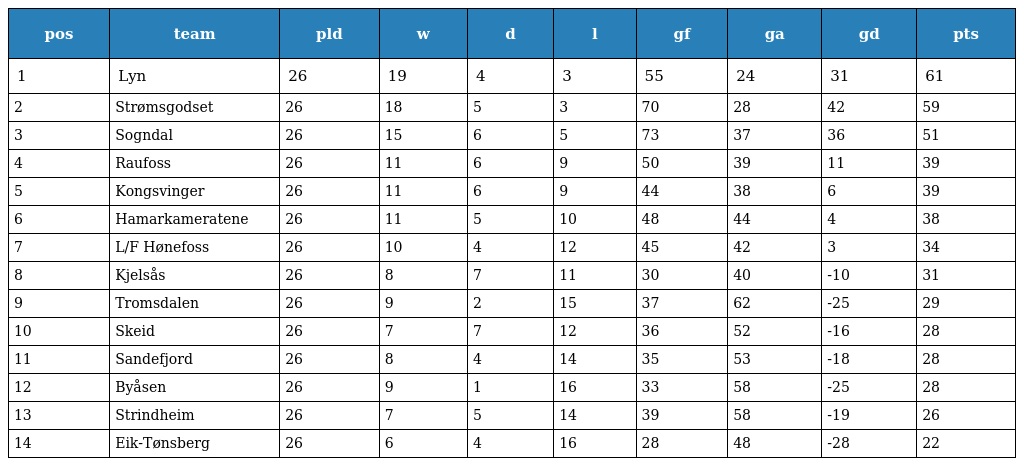
| pos | team | pld | w | d | l | gf | ga | gd | pts |
 | --- | --- | --- | --- | --- | --- | --- | --- | --- | --- |
 | 1 | Lyn | 26 | 19 | 4 | 3 | 55 | 24 | 31 | 61 |
 | 2 | Strømsgodset | 26 | 18 | 5 | 3 | 70 | 28 | 42 | 59 |
 | 3 | Sogndal | 26 | 15 | 6 | 5 | 73 | 37 | 36 | 51 |
 | 4 | Raufoss | 26 | 11 | 6 | 9 | 50 | 39 | 11 | 39 |
 | 5 | Kongsvinger | 26 | 11 | 6 | 9 | 44 | 38 | 6 | 39 |
 | 6 | Hamarkameratene | 26 | 11 | 5 | 10 | 48 | 44 | 4 | 38 |
 | 7 | L/F Hønefoss | 26 | 10 | 4 | 12 | 45 | 42 | 3 | 34 |
 | 8 | Kjelsås | 26 | 8 | 7 | 11 | 30 | 40 | -10 | 31 |
 | 9 | Tromsdalen | 26 | 9 | 2 | 15 | 37 | 62 | -25 | 29 |
 | 10 | Skeid | 26 | 7 | 7 | 12 | 36 | 52 | -16 | 28 |
 | 11 | Sandefjord | 26 | 8 | 4 | 14 | 35 | 53 | -18 | 28 |
 | 12 | Byåsen | 26 | 9 | 1 | 16 | 33 | 58 | -25 | 28 |
 | 13 | Strindheim | 26 | 7 | 5 | 14 | 39 | 58 | -19 | 26 |
 | 14 | Eik-Tønsberg | 26 | 6 | 4 | 16 | 28 | 48 | -28 | 22 |